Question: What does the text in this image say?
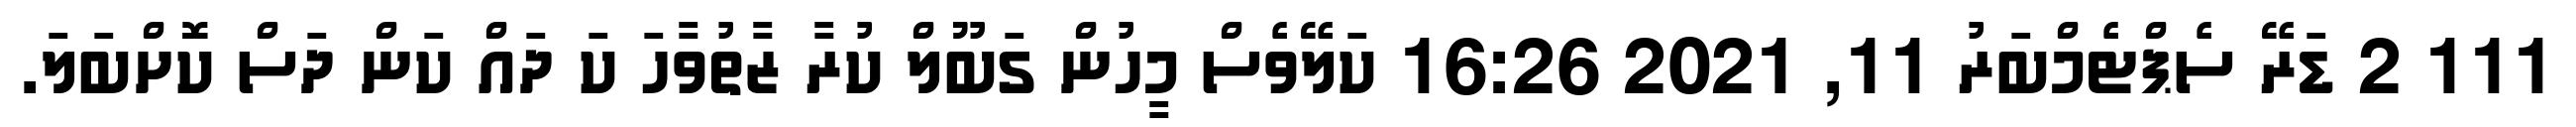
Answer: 111 2 ޑަރޭ ސެޕްޓެމްބަރު 11, 2021 16:26 ކަލޭވެސް މީހުން ގަބޫލް ކުރާ ޒާތުވާހަ ކަ ދައް ކަން ދަސް ކޮށްބަލަ.